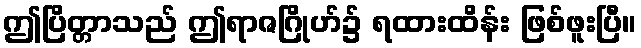
ဤပြိတ္တာသည် ဤရာဇဂြိုဟ်၌ ရထားထိန်း ဖြစ်ဖူးပြီ။